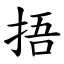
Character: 捂